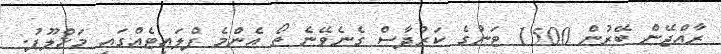
ރާއްޖޭން ބޭރުން 1500 ޓަނުގެ ކަރުދާސް ގެނެވޭނެ ތޯ އެންމެ ފްލައިޓެއްގައި މަޚްލޫފު.